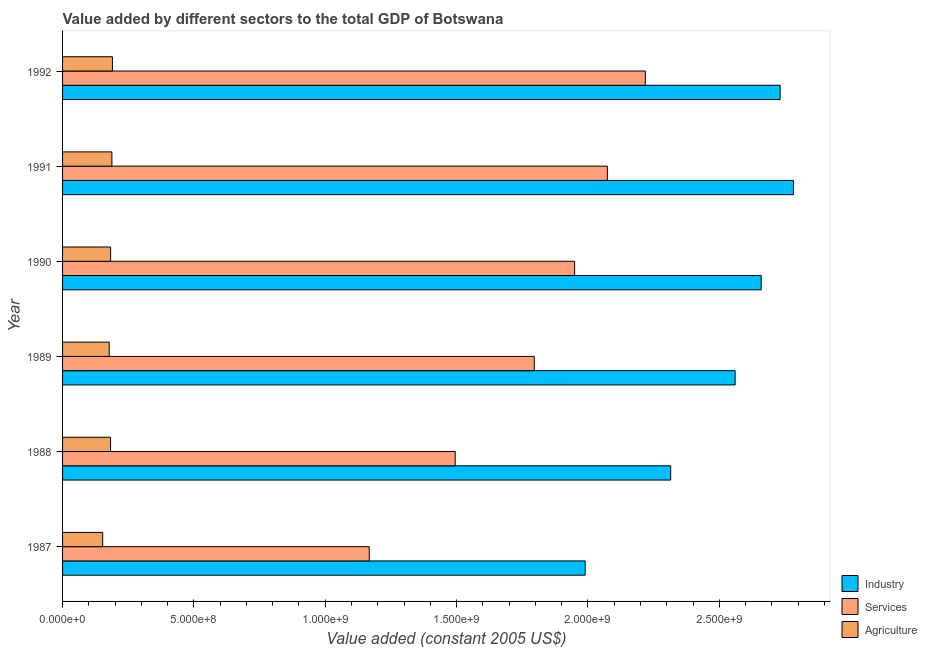
| Year | Industry | Services | Agriculture |
 | --- | --- | --- | --- |
 | 1987 | 1.99e+09 | 1.17e+09 | 1.53e+08 |
 | 1988 | 2.32e+09 | 1.49e+09 | 1.83e+08 |
 | 1989 | 2.56e+09 | 1.8e+09 | 1.77e+08 |
 | 1990 | 2.66e+09 | 1.95e+09 | 1.83e+08 |
 | 1991 | 2.78e+09 | 2.07e+09 | 1.88e+08 |
 | 1992 | 2.73e+09 | 2.22e+09 | 1.9e+08 |